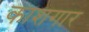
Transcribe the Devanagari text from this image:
काशगार